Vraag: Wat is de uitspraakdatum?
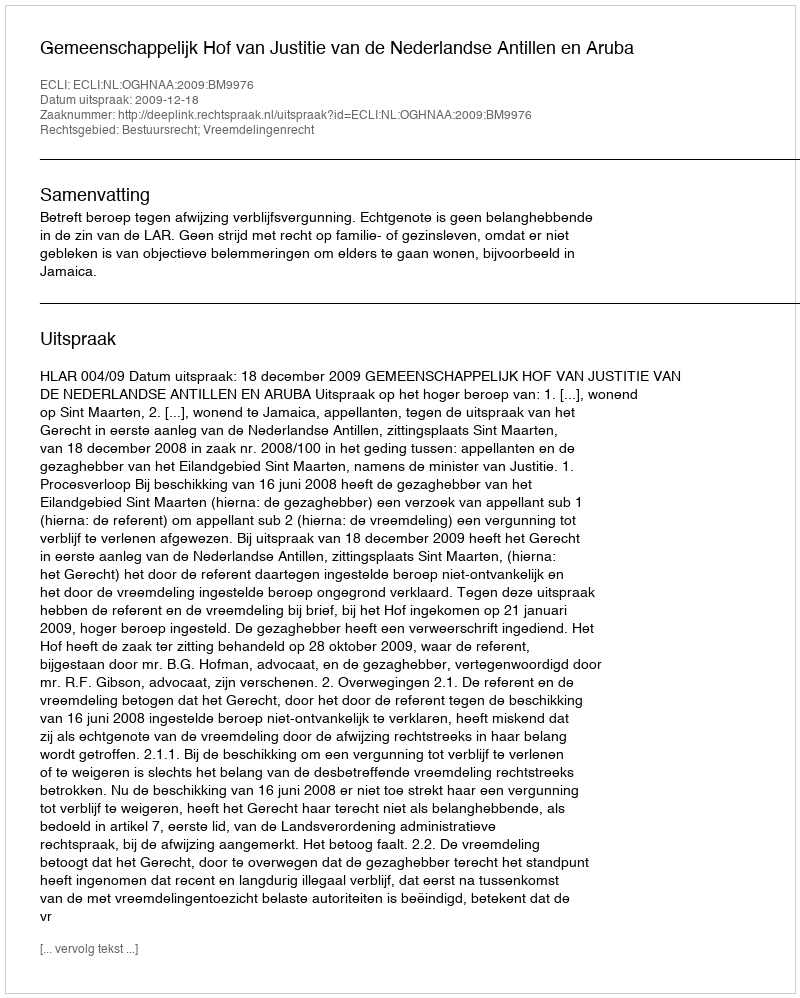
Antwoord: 2009-12-18